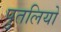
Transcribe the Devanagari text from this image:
पुतलियो